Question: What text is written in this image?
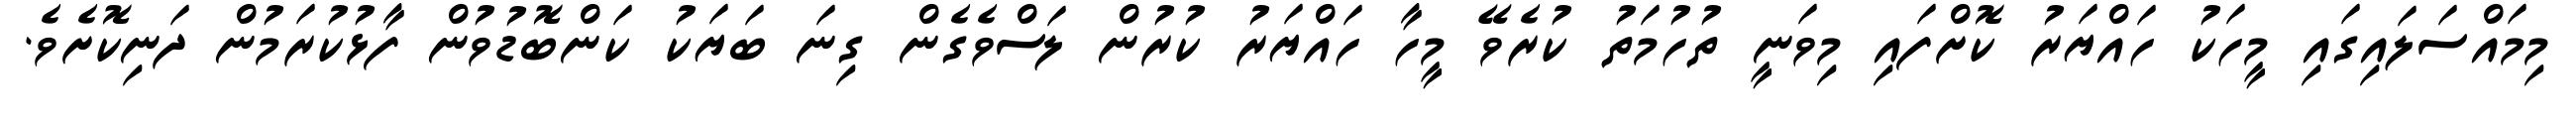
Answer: މިމައްސަލައިގައި މީހަކު ހައްޔަރު ކޮށްފައި މިވަނީ ތުހުމަތު ކުރެވޭ މީހާ ހައްޔަރު ކުރުން ލަސްވެގެން ގިނަ ބަޔަކު ކަންބޮޑުވުން ފާޅުކުރަމުން ދަނިކޮށެވެ.